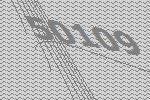
50109